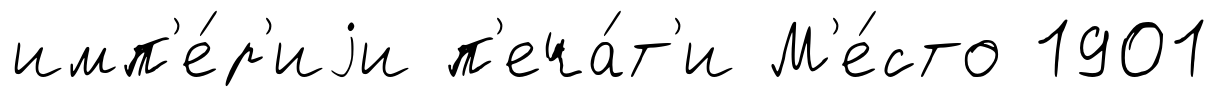
имп'е́р'иjи п'еча́т'и М'е́сто 1901